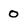
Character: 0